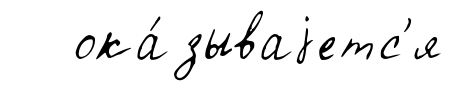
ока́зываjетс'я